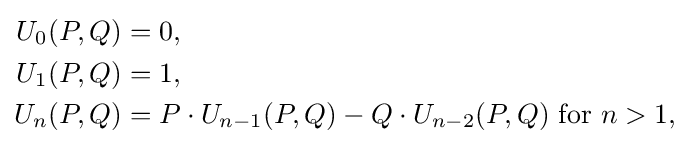
{\begin{aligned}U_{0}(P,Q)&=0,\\U_{1}(P,Q)&=1,\\U_{n}(P,Q)&=P\cdot U_{n-1}(P,Q)-Q\cdot U_{n-2}(P,Q){\mbox{  for }}n>1,\end{aligned}}